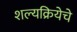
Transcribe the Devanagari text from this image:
शल्यक्रियेचे